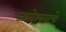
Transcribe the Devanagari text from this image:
जागेश्वराचे